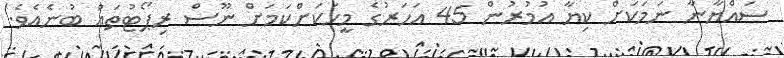
ސައްޔާނާ ނަމަކަށް ކިޔާ އުމުރުން 45 އަހަރުގެ މީހަކަށްކަމަށް ނޫސް ރިޕޯޓުތައް ބުނެއެވެ.